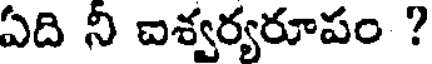
ఏది ని ఐశ్వర్యరూపం ?